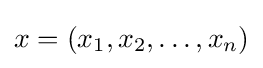
x=\left(x_{1},x_{2},\ldots ,x_{n}\right)